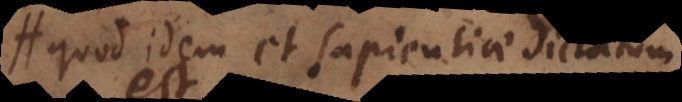
quod idem et sapientiae dictatum